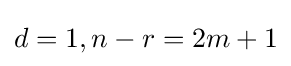
d=1,n-r=2m+1